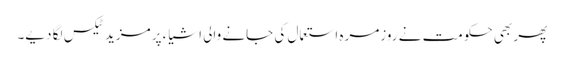
پھر بھی حکومت نے روزمرہ استعمال کی جانے والی اشیاء پر مزید ٹیکس لگا دیے۔